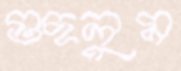
গুছলুম